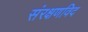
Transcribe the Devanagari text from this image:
संरक्षणविद